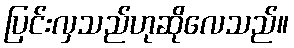
ပြင်းလှသည်ဟုဆိုလေသည်။